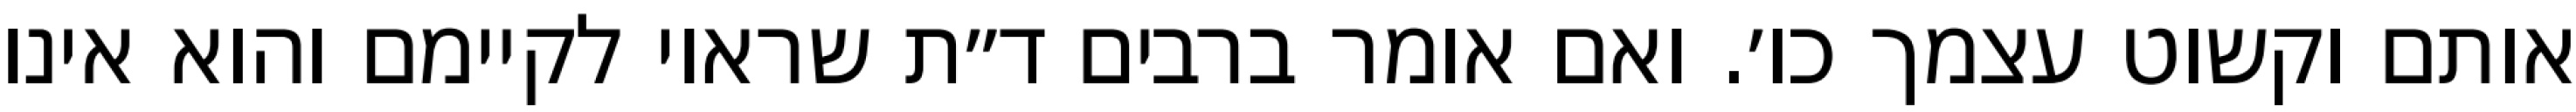
אותם וקשוט עצמך כו׳. ואם אומר ברבים ד״ת שראוי לקיימם והוא אינו